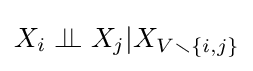
X_{i}\perp \!\!\!\perp X_{j}|X_{V\smallsetminus \{i,j\}}